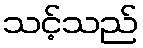
သင့်သည်